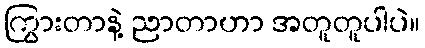
ကြွားတာနဲ့ ညာတာဟာ အတူတူပါပဲ။